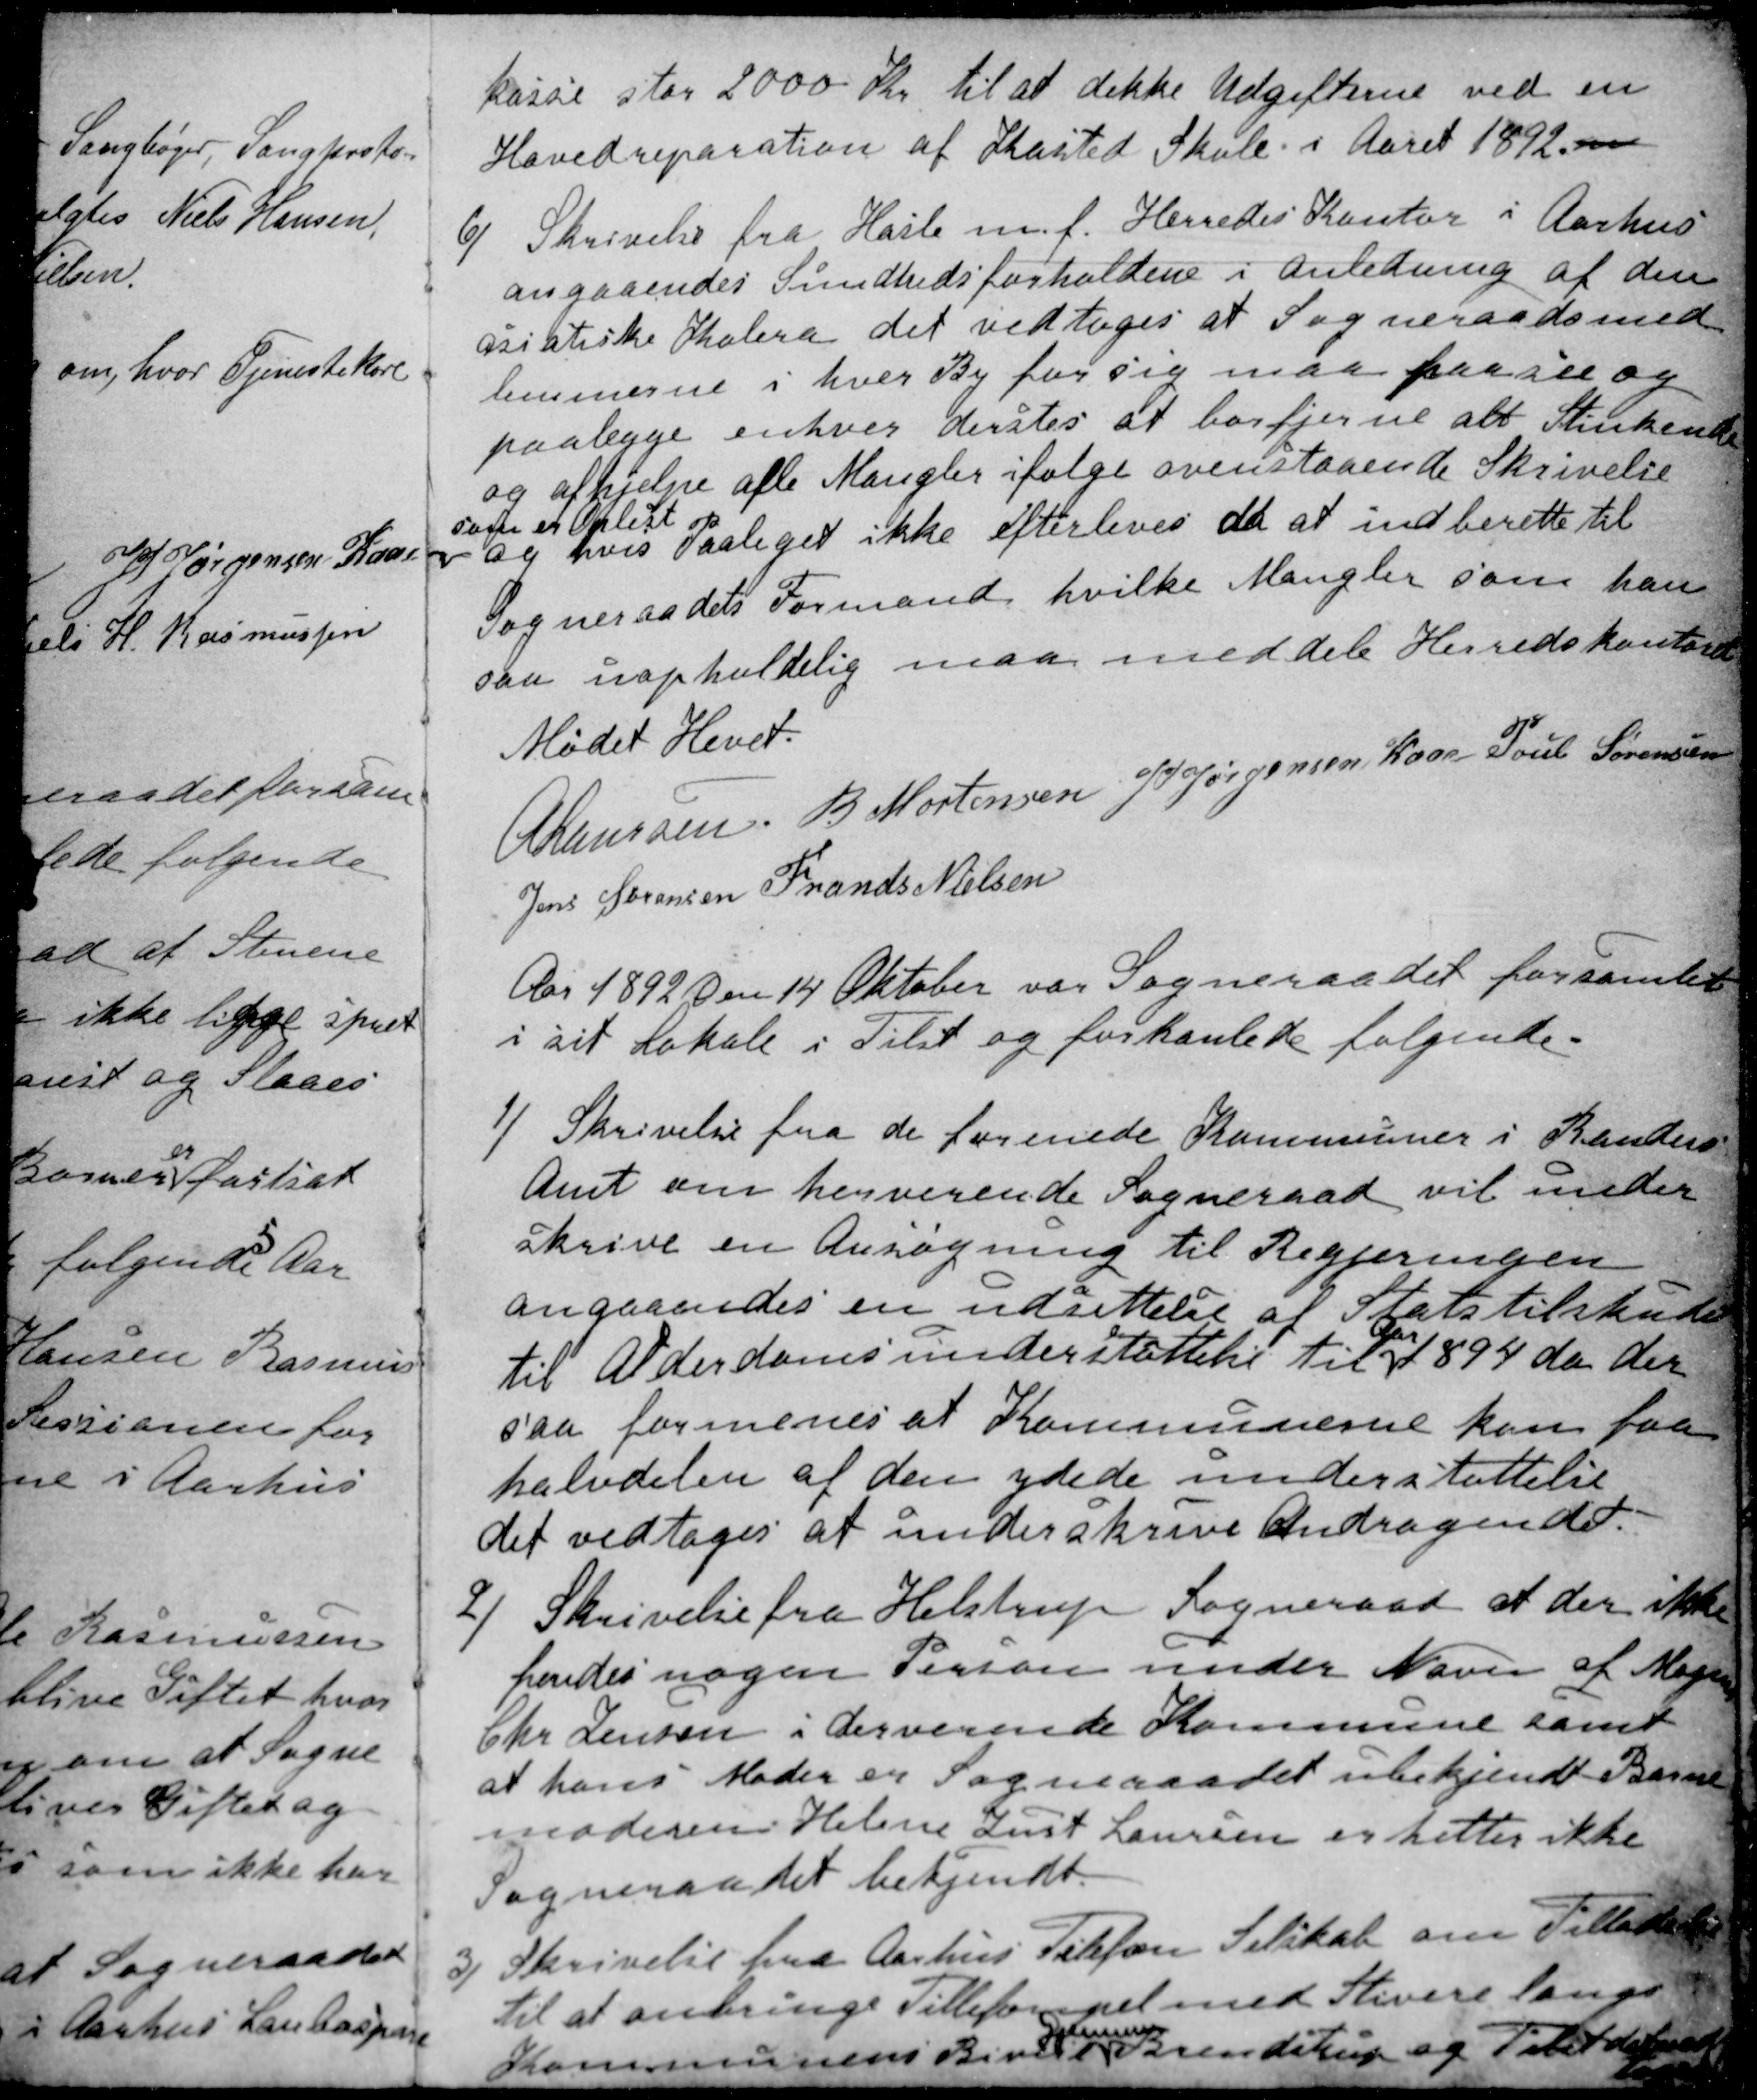
Transskription:
kasse stor 2000 Kr. til at dekke Udgifterne ved en
Hovedreparation af Kasted Skole i Aaret 1892. m
6)
Skrivelse fra Hasle m.f. Herredes Kontor i Aarhus
angaaendes Sundhedsforholdene i Anledning af den
asiatiske Kolera det vedtoges at Sogneraadsmed
lemmerne i hver By for sig maa paasee og
paalegge enhver derstes at borfjerne alt Stinkende
og afhjelpe alle Mangler ifølge ovenstaaende Skrivelse
som et Oplæst 
og hvis Paaleget ikke efterleves da at indberette til
Sogneraadets Formand hvilke Mangler som han
saa uopholdelig maa meddele Herredskontoret
Mødet Hevet.
A Laursen
B. Mortensen
J PJørgensen Kaae
Poul Sørensen
Jens Sørensen
Frands Nielsen
Aar 1892 den 14 Oktober var Sogneraadet forsamlet
i sit Lokale i Tilst og forhanlede følgende.
1)
Skrivelse fra de forenede Kommuner i Randers
Amt om herverende Sogneraad vil under
skrive en Ansøgning til Regjeringen
angaaendes en udsettelse af Statstilskud
til Alderdomsunderstøttelse til Aar 1894 da der
saa formenes at Kommunerne kan faa
halvdelen af den ydede understøttelse
det vedtoges at underskrive Andragendet.
2)
Skrivelse fra Helstrup Sogneraad at der ikke
findes nogen Person under Navn af Mogens
Chr. Jensen i derverende Kommune samt
at hans Moder er Sogneraadet ubekjendt Barne
moderen Helene Just Laursen er hetter ikke 
Sogneraadet bekjendt.
3)
Skrivelse fra Aarhus Telefon Selskab om Tilladelse
til at anbringe Tillefonpel med Stivere langs
Kommunens Biveie gjennem Brendstrup og Tilst da vedtaget